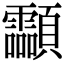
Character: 𩖊